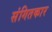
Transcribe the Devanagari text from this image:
संगितकार